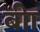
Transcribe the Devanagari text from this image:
बीा